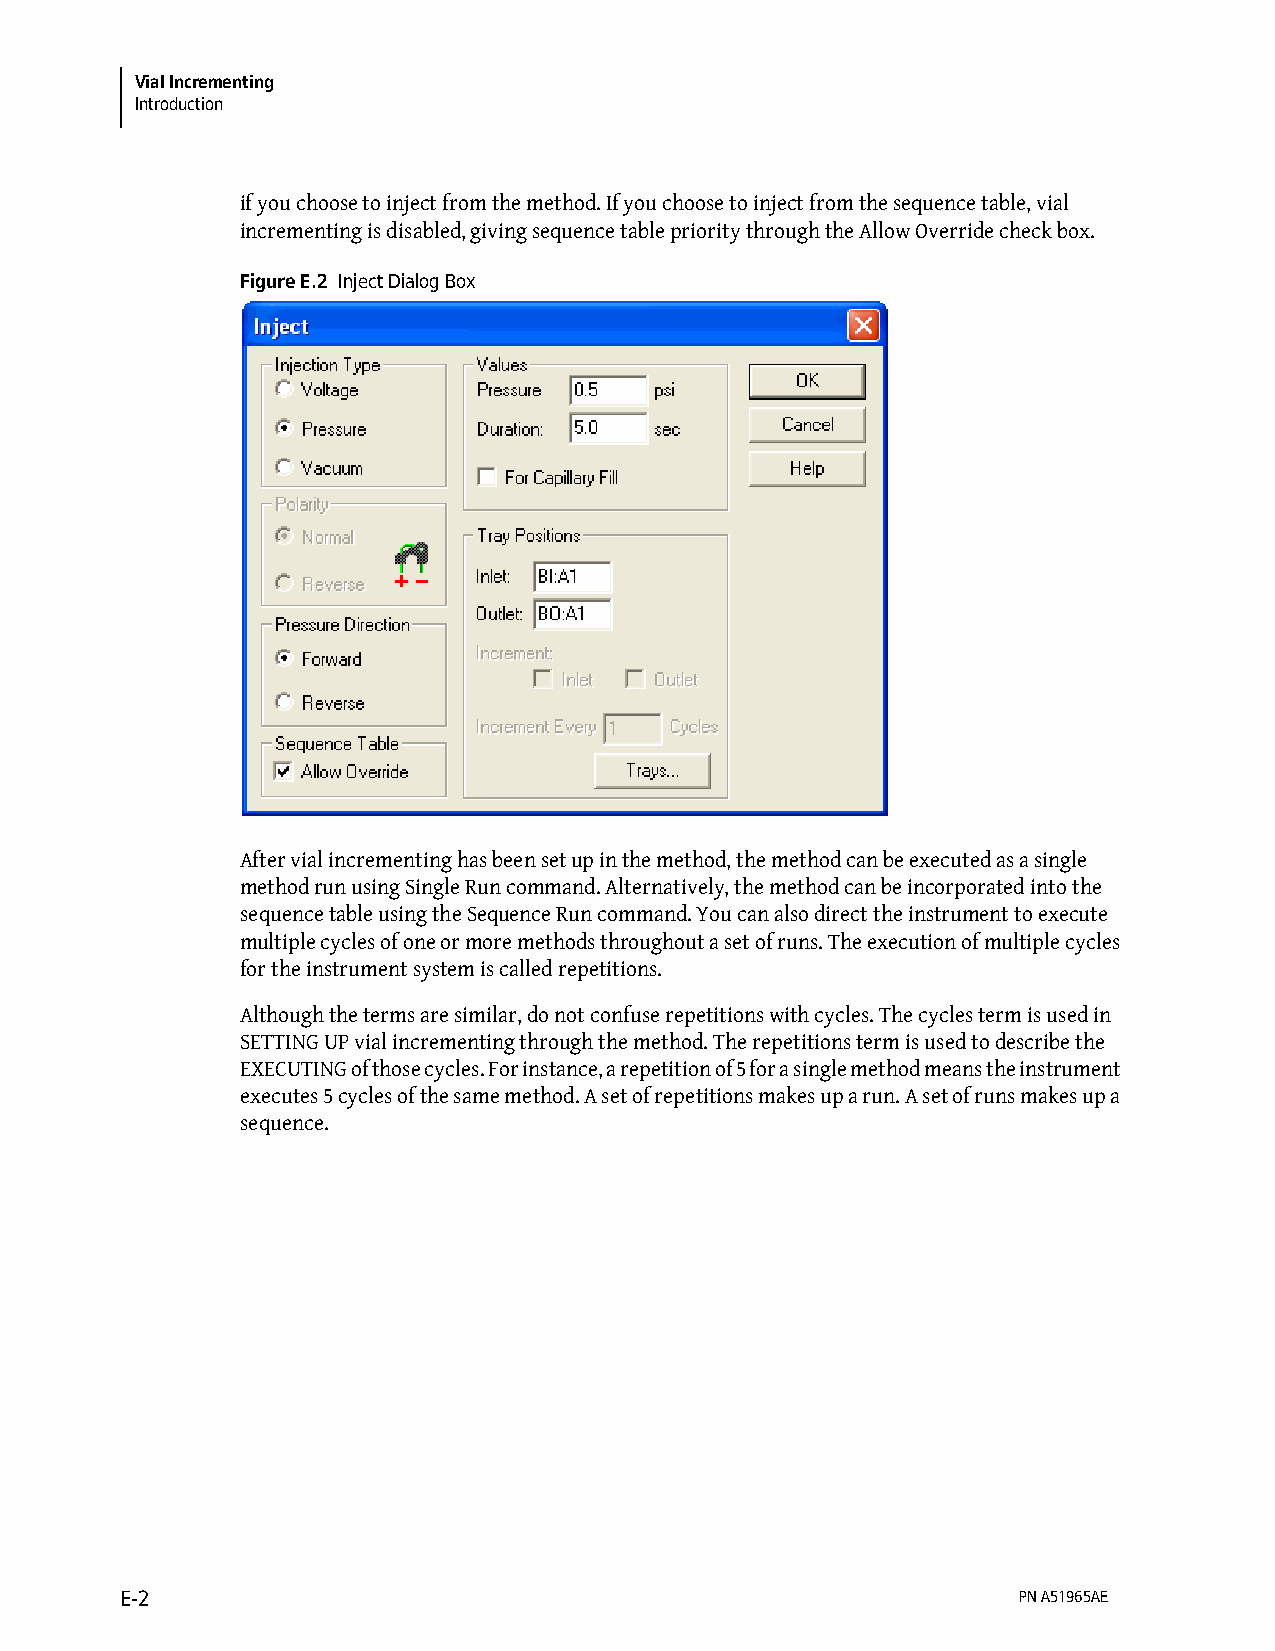
Vial Incrementing
 Introduction
 if you choose to inject from the method. If you choose to inject from the sequence table, vial
 incrementing is disabled, giving sequence table priority through the Allow Override check box.
 Figure E.2 Inject Dialog Box
 After vial incrementing has been set up in the method, the method can be executed as a single
 method run using Single Run command. Alternatively, the method can be incorporated into the
 sequence table using the Sequence Run command. You can also direct the instrument to execute
 multiple cycles of one or more methods throughout a set of runs. The execution of multiple cycles
 for the instrument system is called repetitions.
 Although the terms are similar, do not confuse repetitions with cycles. The cycles term is used in
 SETTING UP vial incrementing through the method. The repetitions term is used to describe the
 EXECUTING of those cycles. For instance, a repetition of 5 for a single method means the instrument
 executes 5 cycles of the same method. A set of repetitions makes up a run. A set of runs makes up a
 sequence.
 E-2                                                        PN A51965AE